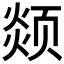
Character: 𩖖